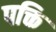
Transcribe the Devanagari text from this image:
पक्ति